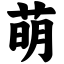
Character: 萌